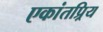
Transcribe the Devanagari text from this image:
एकांतप्र्रिय